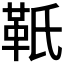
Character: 𩉬